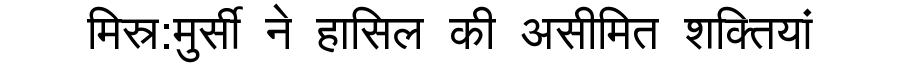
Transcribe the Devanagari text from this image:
मिस्र:मुर्सी ने हासिल की असीमित शक्तियां